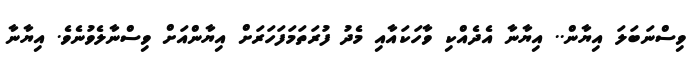
ވިސްނަބަލަ އިޔާން.. އިޔާނާ އެދެއްކި ވާހަކައާއި މެދު ފުރަތަމަފަހަރަށް އިޔާންއަށް ވިސްނާލެވުނެވެ. އިޔާނާ